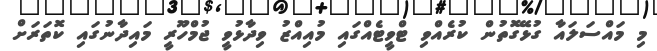
މި މައްސަލައާ ގުޅޭގޮތުން ކުރެއްވި ޓްވީޓެއްގައި މުއިއްޒު ވިދާޅުވީ ޖުމްހޫރީ މައިދާނުގައި ކޮތަރަށް